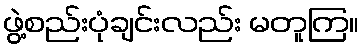
ဖွဲ့စည်းပုံချင်းလည်း မတူကြ။